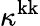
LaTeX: \kappa^{\mathrm{kk}}